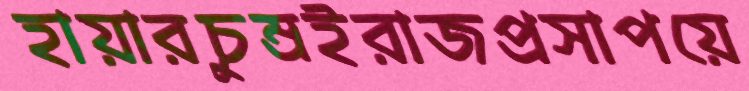
হায়ারচুম্‌রইরাজপ্রসাপয়ে